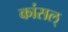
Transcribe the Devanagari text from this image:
कांसल्